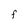
Character: F